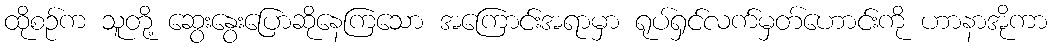
ထိုစဉ်က သူတို့ ဆွေးနွေးပြောဆိုနေကြသော အကြောင်းအရာမှာ ရုပ်ရှင်လက်မှတ်ဟောင်းကို ဟာနာအိုကာ